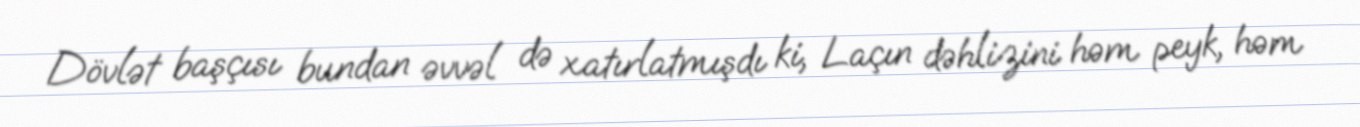
Dövlət başçısı bundan əvvəl də xatırlatmışdı ki, Laçın dəhlizini həm peyk, həm